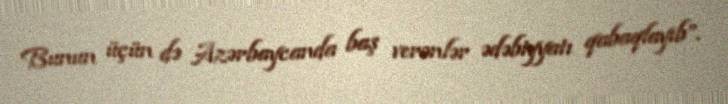
Bunun üçün də Azərbaycanda baş verənlər ədəbiyyatı qabaqlayıb”.